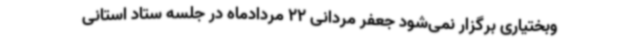
وبختیاری برگزار نمی‌شود جعفر مردانی 22 مردادماه در جلسه ستاد استانی